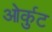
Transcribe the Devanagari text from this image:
ओर्कुट